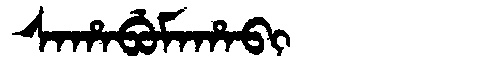
Manchu: ᠰᠠᡥᠠᠪᡠᠮᠠᡥᠠᠪᡳ
Romanization: SAHABUMAHABI